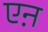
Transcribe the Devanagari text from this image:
एऩ